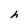
Character: h